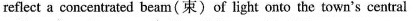
reflect a concentrated beam(束)of light onto the town's central